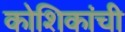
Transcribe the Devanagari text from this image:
कोशिकांची